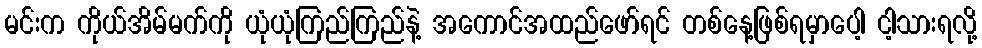
မင်းက ကိုယ်အိမ်မက်ကို ယုံယုံကြည်ကြည်နဲ့ အကောင်အထည်ဖော်ရင် တစ်နေ့ဖြစ်ရမှာပေါ့ ငါ့သားရလို့